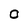
Character: O